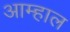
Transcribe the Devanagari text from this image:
आम्हाल